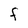
Character: F